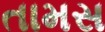
તામસ